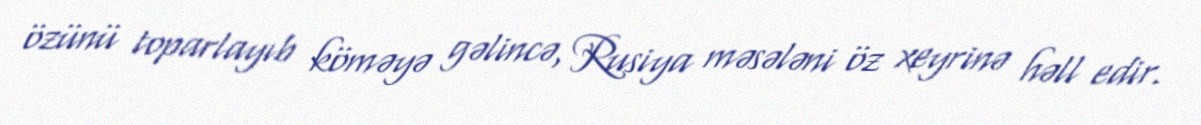
özünü toparlayıb köməyə gəlincə, Rusiya məsələni öz xeyrinə həll edir.